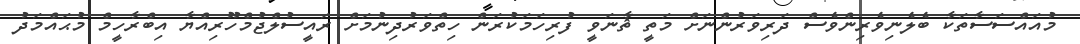
މުއައްސަސާތަކާ ބެލެނިވެރިންވެސް ދަރިވަރުންނަށް މަތީ ޘާނަވީ ފުރިހަމަކުރަން ހިތްވަރުދިނުމަށް ރައީސުލްޖުމްހޫރިއްޔާ އިބްރާހީމް މުޙައްމަދު